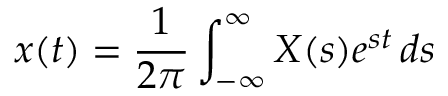
x ( t ) = { \frac { 1 } { 2 \pi } } \int _ { - \infty } ^ { \infty } X ( s ) e ^ { s t } \, d s